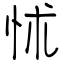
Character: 怵